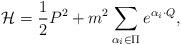
LaTeX: \begin{align*}{\cal H}={1\over2}P^2+m^2\sum_{\alpha_i\in\Pi}e^{\alpha_i\cdot Q},\end{align*}